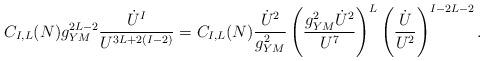
LaTeX: \begin{align*}C_{I,L}(N)g^{2L-2}_{YM}{\dot U^I\over U^{3L+2(I-2)}}=C_{I,L}(N){\dot U^2\over g^2_{YM}}\left ({g^2_{YM}\dot U^2\over U^{7}}\right )^L\left ({\dot U\over U^2}\right )^{I-2L-2}.\end{align*}